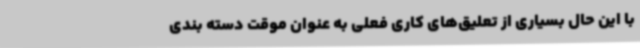
با این حال بسیاری از تعلیق‌های کاری فعلی به عنوان موقت دسته بندی